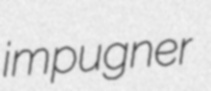
impugner